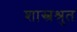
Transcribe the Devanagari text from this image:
शास्त्रश्रुत